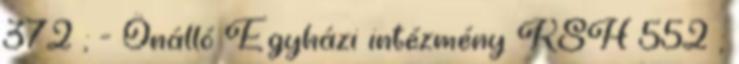
372 ; - Önálló Egyházi intézmény KSH 552 ;